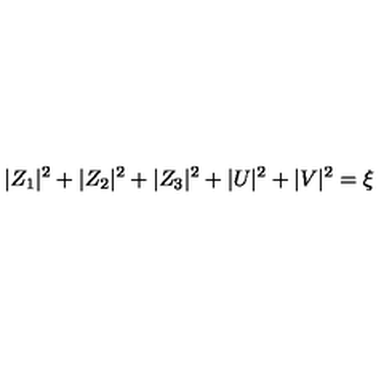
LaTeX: | Z _ { 1 } | ^ { 2 } + | Z _ { 2 } | ^ { 2 } + | Z _ { 3 } | ^ { 2 } + | U | ^ { 2 } + | V | ^ { 2 } = \xi